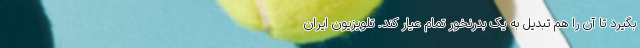
بگیرد تا آن را هم تبدیل به یک بدرنخور تمام عیار کند. تلویزیون ایران